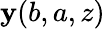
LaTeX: {\mathbf y}(b,a,z)